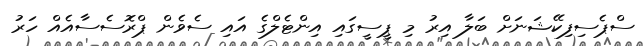
ސްޕެސިފިކޭޝަނަށް ބަލާ އިރު މި ޕީސީގައި އިންޓެލްގެ އައި ސެވެން ޕްރޮސެސާއެއް ހަރު